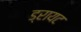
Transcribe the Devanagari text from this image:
ड्रायट